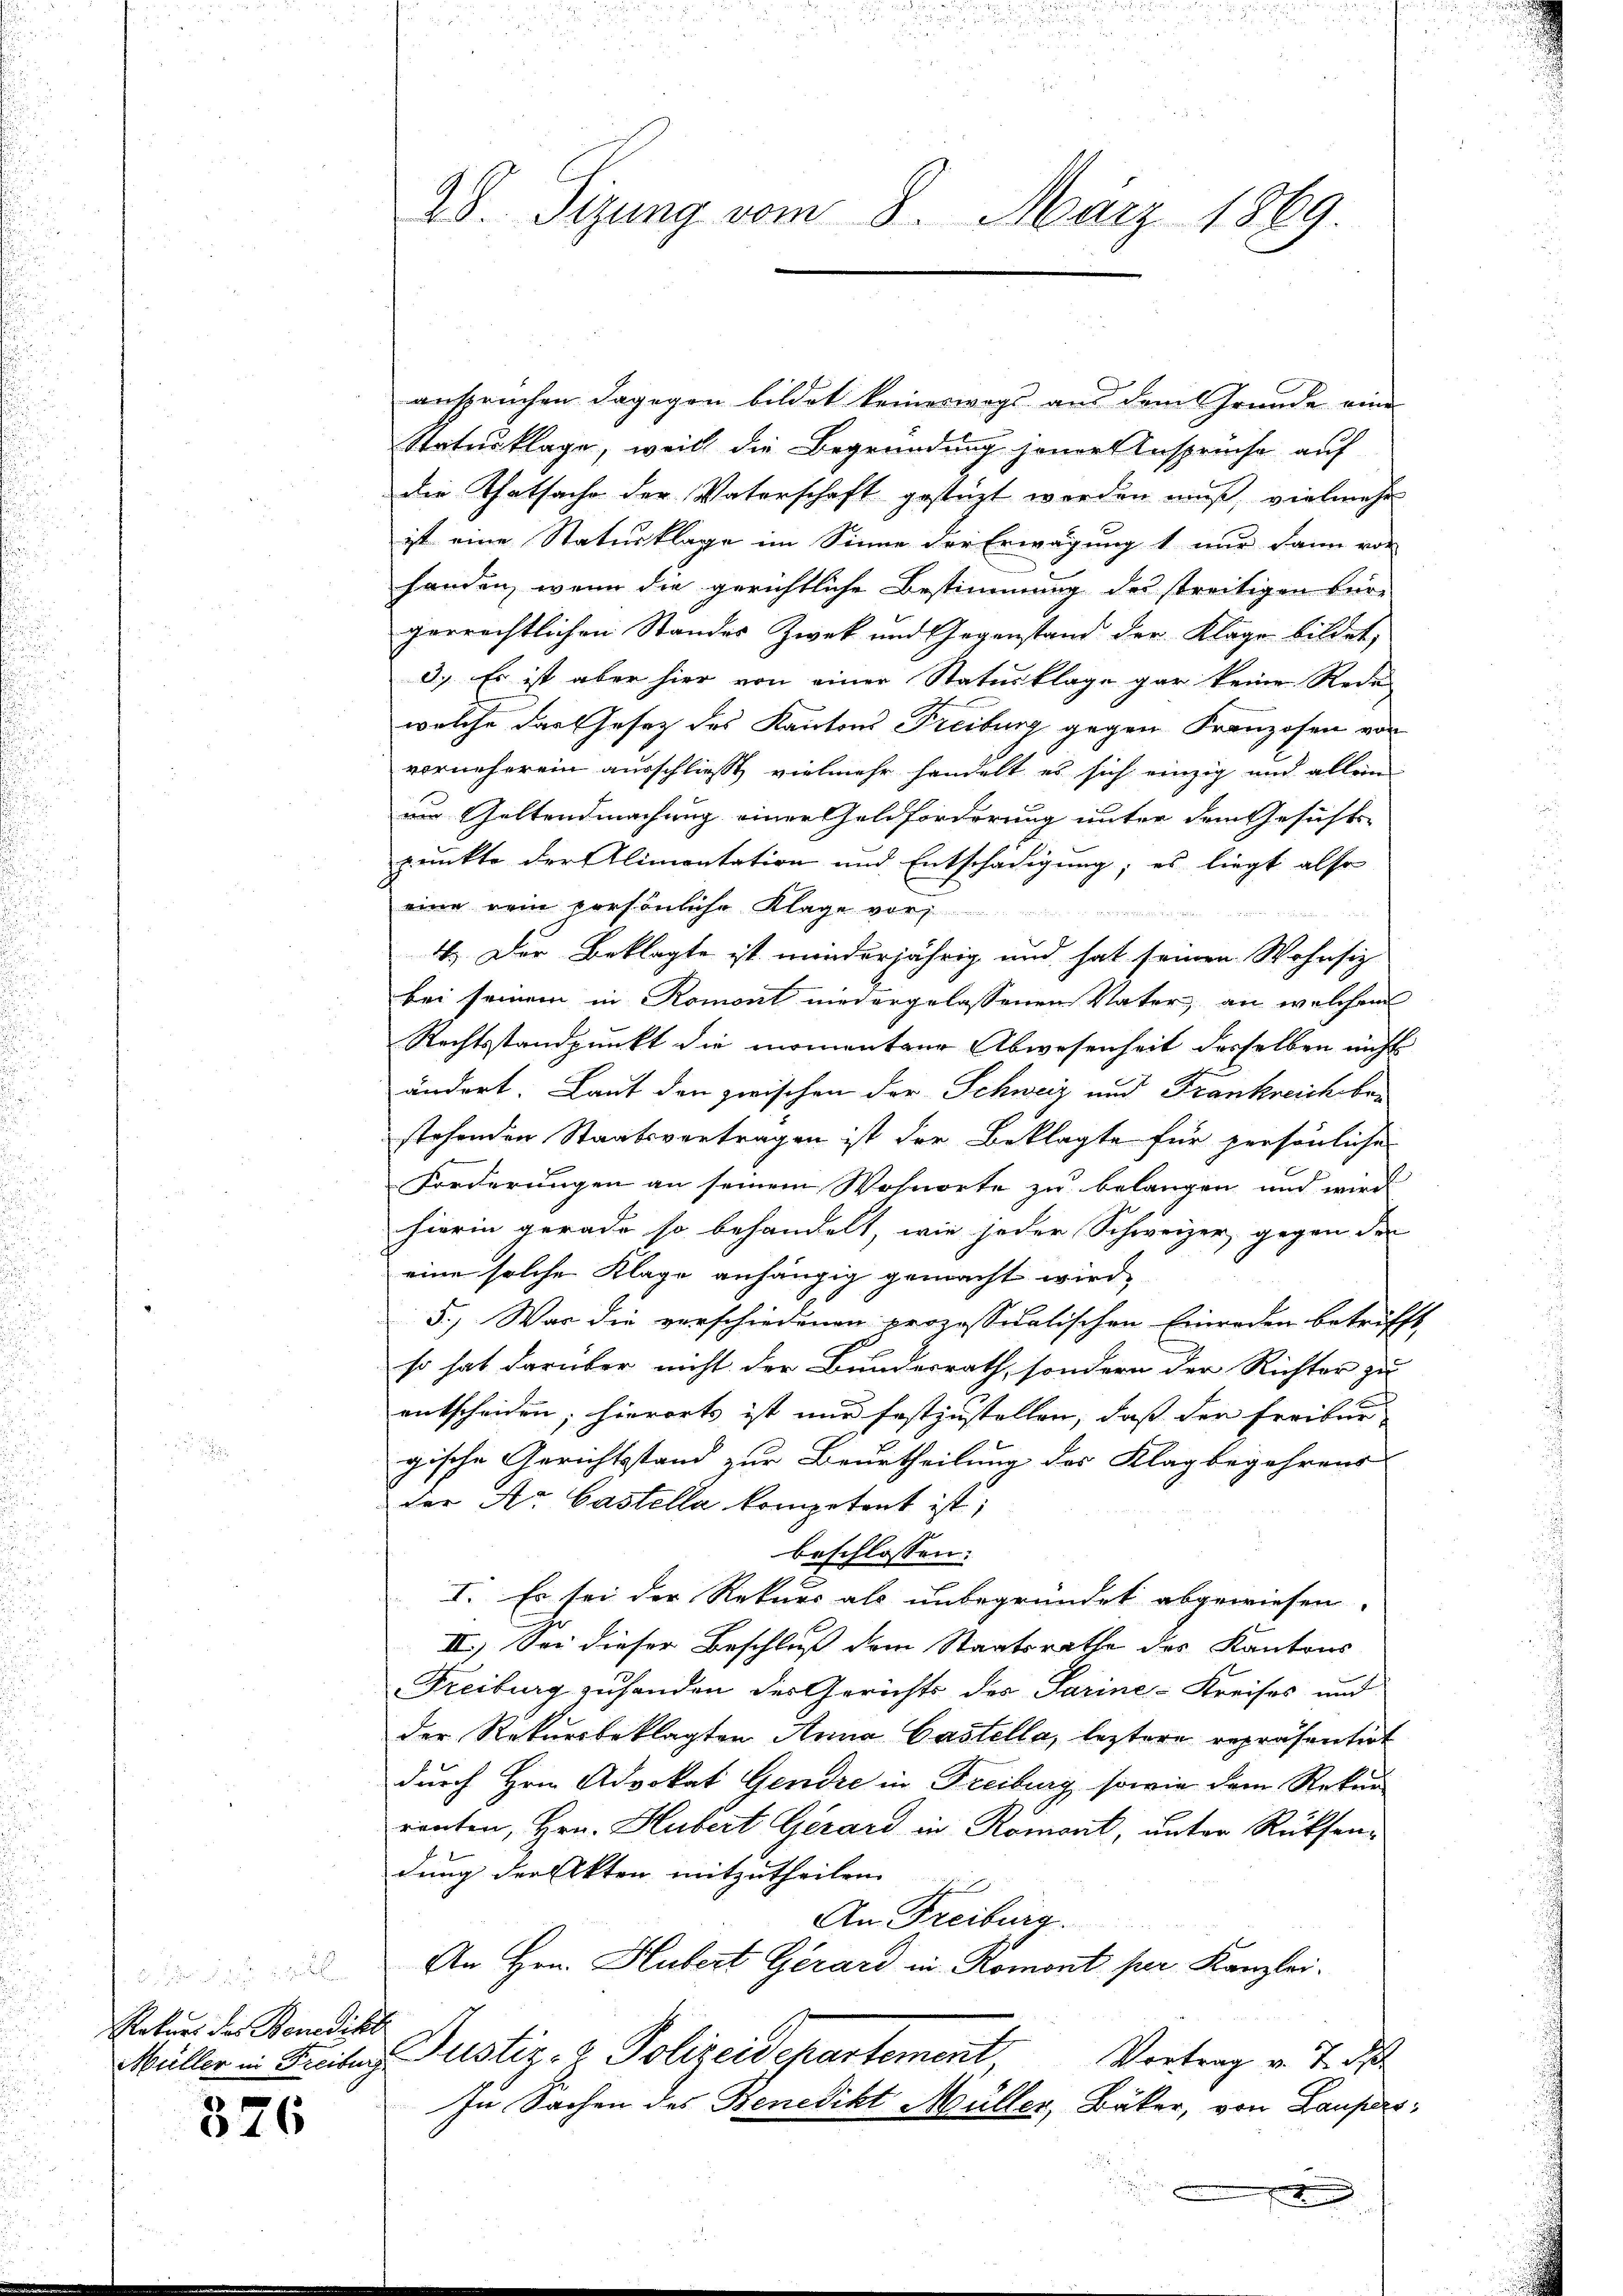
Rekurs der Benedikt

376

28. Sizung vom 8. März 1869.

ansprüchen dagegen bildet keineswegs aus dem Grunde eine
Statusklage, weil die Begründung jener Ansprüche auf
die Thatsache der Vaterschaft gestüzt werden muß, vielmehr
ist eine Statusklage im Sinne der Erwägung 1 nur dann vor
handen, wenn die gerichtliche Bestimmung des streitigen Für-
gerrechtlichen Standes Zweck und Gegenstand der Klage bildet,
3.) Es ist aber hier von einer Statusklage gar keine Rede
welche das Gesetz des Kantons Freiburg gegen Franzosen vor
vorneherein ausschliest vielmehr handelt es sich einzig und allein
um Geltendmachung einer Geldforderung unter dem Gesicht
punkte der Alimentation und Entschädigung; es liegt also
eine rein persönliche Klage vor

4.) Der Beklagte ist minderjährig und hat seinen Wohnsiz
bei seinem in Romont niedergelassenen Vater, an welchem
Rechtsstandpunkt die momenteur Abwesenheit desselben nicht
ändert. Laut den zwischen der Schweiz und Frankreich bei
stehenden Staatsvertragen ist der Beklagte für persönliche
Forderungen an seinem Wohnorte zu belangen und wird
hierin gerade so behandelt, wie jeder Schweizer, gegen der
eine solche Klage anhängig gemacht wird,
5.) Was die verschiedenen prozessualischen Einreden betrifft,
so hat darüber nicht der Bundesrath, sondern der Richter zu
entscheiden; hierorts ist nur festzustellen, dass der Freiber
gische Gerichtsstand zur Beurtheilung des Klagbegehrens
der Ar Castella kompetent ist;
beschlossen:
I. Es sei der Rekurs als unbegründet abgewiesen.
III.) Sei dieser Beschluß dem Staatsrathe des Kantons
Freiburg zu handen des Gerichts des Sarine-Kreises und
der Rekursbeklagten Anna Castella, leztere repräsentirt
durch Hrn. Advokat Gendre in Freiburg, sowie dem Rekur
renten, Hrn. Hubert Gerard in Romont, unter Rücksendung der Akten mitzutheilen.
h
An Freiburg.
An Hrn. Hubert Gerard in Romont per Kanzlei.
Müller in Freitung Justiz- & Polizeidepartement Vertrag v. J. de
In Sachen des Benedikt Müller, Bäker, von Laupers¬